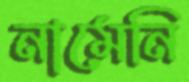
নামেনি